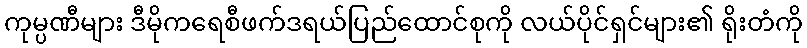
ကုမ္ပဏီများ ဒီမိုကရေစီဖက်ဒရယ်ပြည်ထောင်စုကို လယ်ပိုင်ရှင်များ၏ ရိုးတံကို